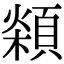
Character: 𩓮